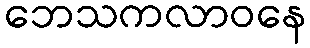
ဘေသကလာဝနေ